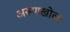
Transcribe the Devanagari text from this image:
अरूणखोला